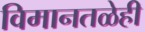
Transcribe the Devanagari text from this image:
विमानतळेही